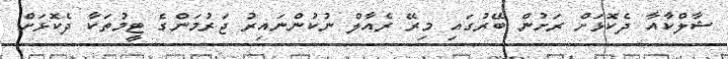
ޝާލްކާއާ ދެކޮޅަށް ރަށުން ބޭރުގައި މިރޭ ރެއާލް ނުކުންނައިރު ޖަރުމަންގެ ޓީމުތަކާ ދެކޮޅަށް